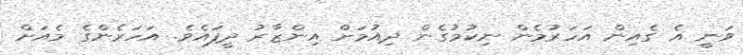
ވަނީ އެ ގެއިން އަހަރުމެން ނިކުމުގެން ދިއުމަށް އިންޒާރު ދީފައެވެ. އަހަރެންގެ މެއަށް